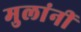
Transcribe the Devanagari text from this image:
मुलांनीं